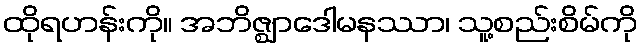
ထိုရဟန်းကို။ အဘိဇ္ဈာဒေါမနဿာ၊ သူ့စည်းစိမ်ကို